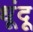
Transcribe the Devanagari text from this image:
धूंदू